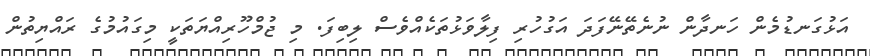
އަޅުގަނޑުމެން ހަނދާން ނުނެތޭނޭފަދަ އަގުހުރި ފިލާވަޅުތަކެއްވެސް ލިބިފަ. މި ޖުމްހޫރިއްޔަތަކީ މިގައުމުގެ ރައްޔިތުން